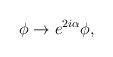
LaTeX: \begin{align*}\phi \rightarrow e^{2 i \alpha} \phi,\end{align*}